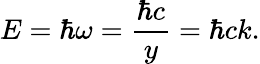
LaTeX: E=\hbar\omega={\frac{\hbar c}{y}}=\hbar ck.